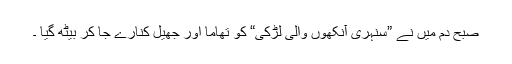
صبح دم میں نے ”سنہری آنکھوں والی لڑکی“ کو تھاما اور جھیل کنارے جا کر بیٹھ گیا ۔